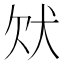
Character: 𤝀